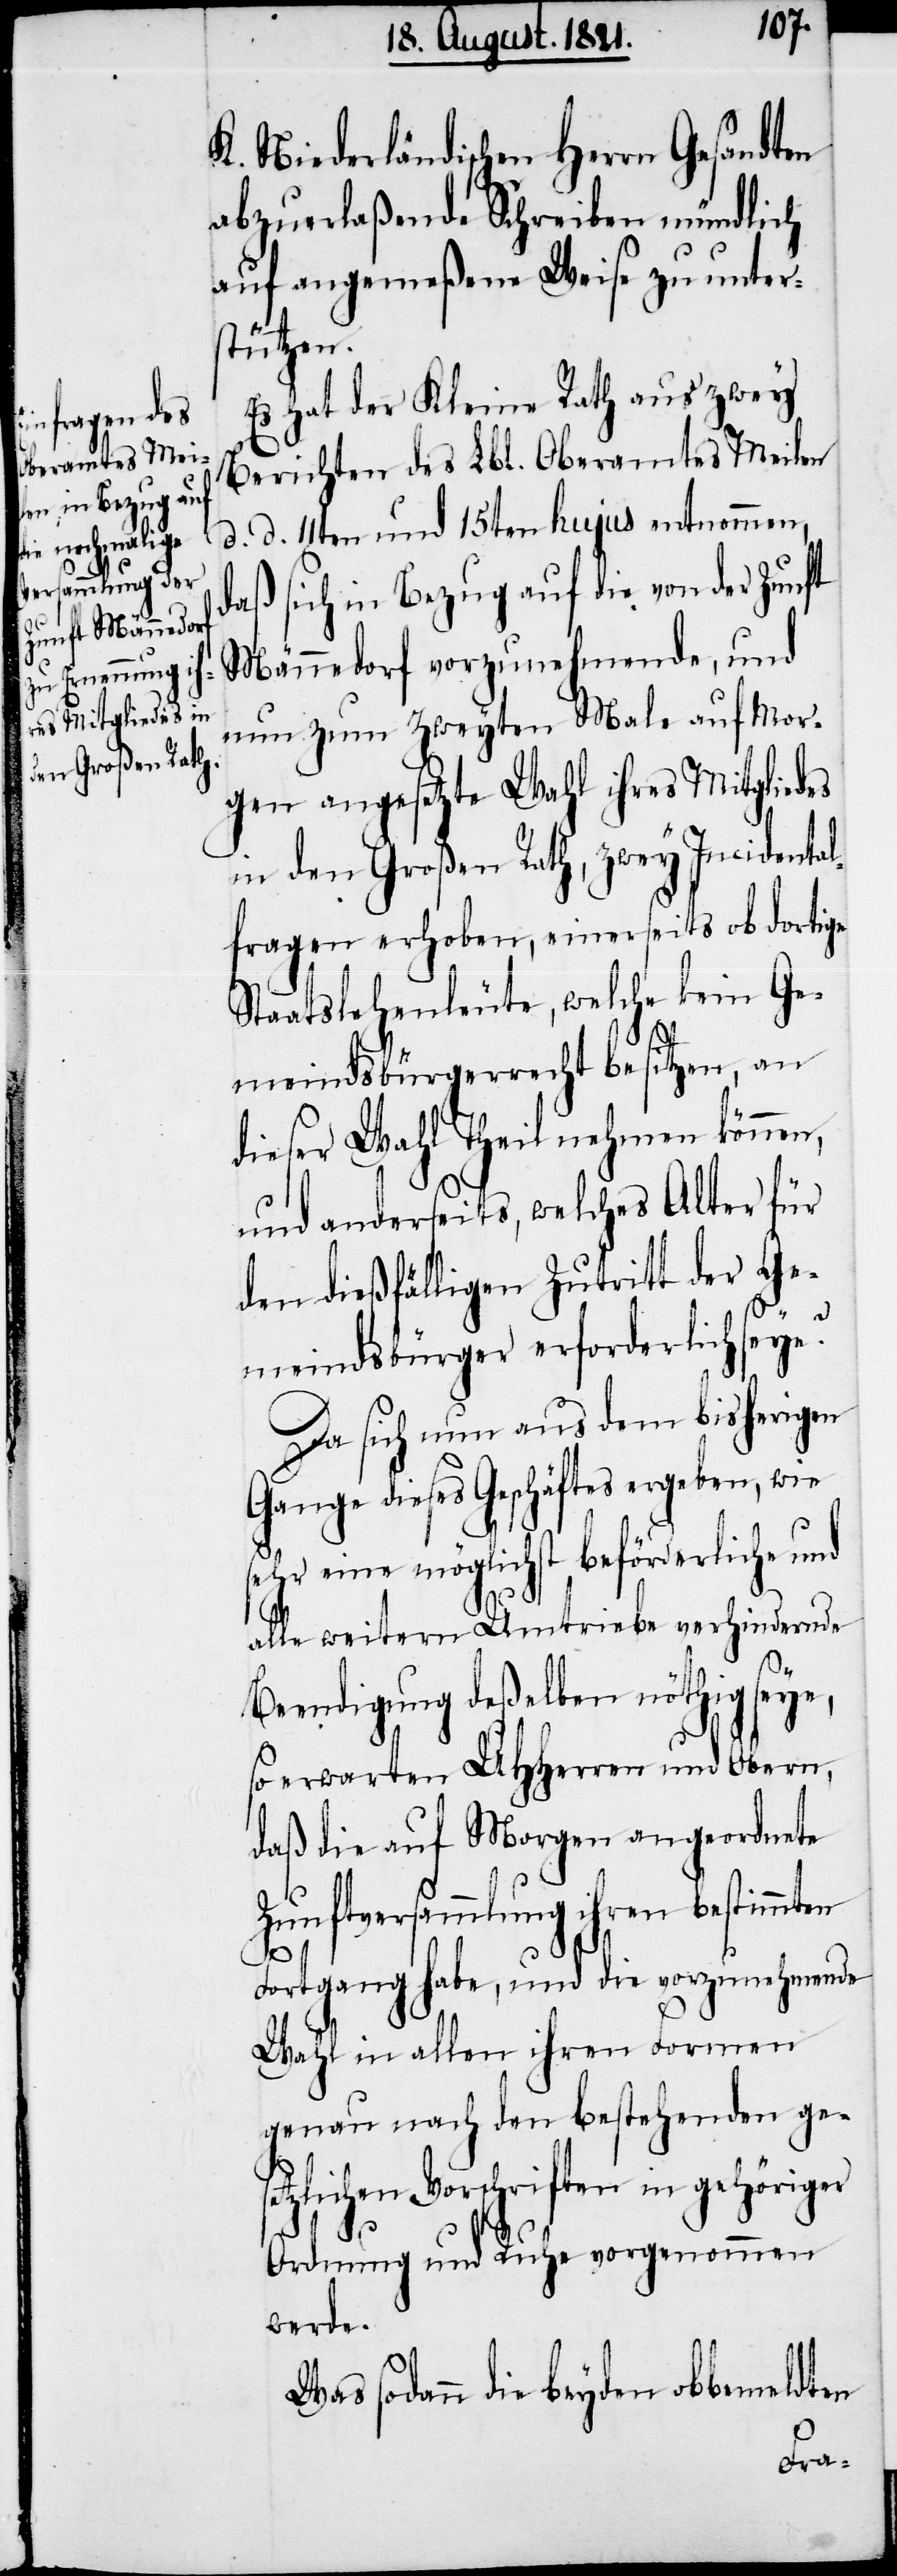
K. Niederländischen Herrn Gesandten
abzulaßende Schreiben mündlich
auf angemeßene Weise zu unter¬
stützen.
Es hat der Kleine Rath aus zwey
Berichten des Lbl. Oberamtes Meilen
d. d. 11ten und 15ten hujus entnommen,
daß sich in Bezug auf die von der Zunft
Männedorf vorzunehmende, und
nun zum zweyten Male auf Mor¬
gen angesetzte Wahl ihres Mitgliedes
in den Großen Rath, zwey Incidenta¬
lfragen erhoben, einerseits ob dortige
Staatslehenleute, welche kein Ge¬
meindsbürgerrecht besitzen, an
dieser Wahl Theil nehmen können,
und anderseits, welches Alter für
den dießfälligen Zutritt der Ge¬
meindsbürger erforderlich seye?
Da sich nun aus dem bisherigen
Gange dieses Geschäfts ergeben, wie
eine möglichst beförderliche
alle weitern Umtriebe verhindernde
Beendigung deßelben nöthig seye,
so erwarten UHHerren und Obern,
daß die auf Morgen angeordnete
Zunftsversammlung ihren bestimmten
Fortgang habe, und die vorzunehmende
Wahl in allen ihren Formen
genau nach den bestehenden ges¬
etzlichen Vorschriften in gehöriger
Ordnung und Ruhe vorgenommen
werde.
Was sodann die beyden obbemeldten